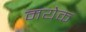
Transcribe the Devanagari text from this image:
मयेक